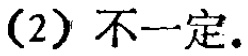
(2) 不一定.